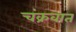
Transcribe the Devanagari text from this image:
चंक्रवात